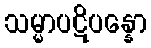
သမ္မာပဋိပန္နော